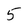
Character: 5